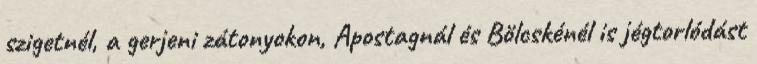
szigetnél, a gerjeni zátonyokon, Apostagnál és Bölcskénél is jégtorlódást